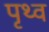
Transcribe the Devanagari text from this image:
पृथ्व